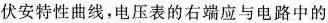
伏安特性曲线，电压表的右端应与电路中的